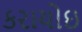
કરાયોઇ